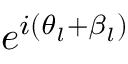
e ^ { i ( \theta _ { l } + \beta _ { l } ) }